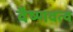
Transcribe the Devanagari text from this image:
वैष्णवत्व